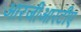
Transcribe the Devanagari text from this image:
आरजीआरटीए